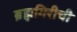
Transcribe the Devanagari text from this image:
ब्रह्मगिरीची